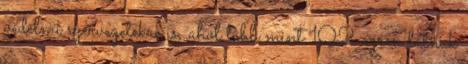
védelmi szervezetekre is, ahol több mint 102 ezren látnak